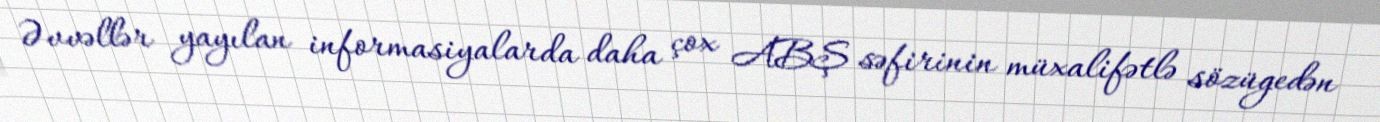
Əvvəllər yayılan informasiyalarda daha çox ABŞ səfirinin müxalifətlə sözügedən